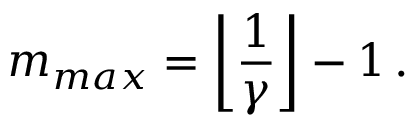
m _ { m a x } = \left\lfloor \frac { 1 } { \gamma } \right\rfloor - 1 \, .